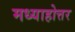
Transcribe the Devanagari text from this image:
मध्याहोत्तर